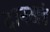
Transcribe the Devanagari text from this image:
दानखंड